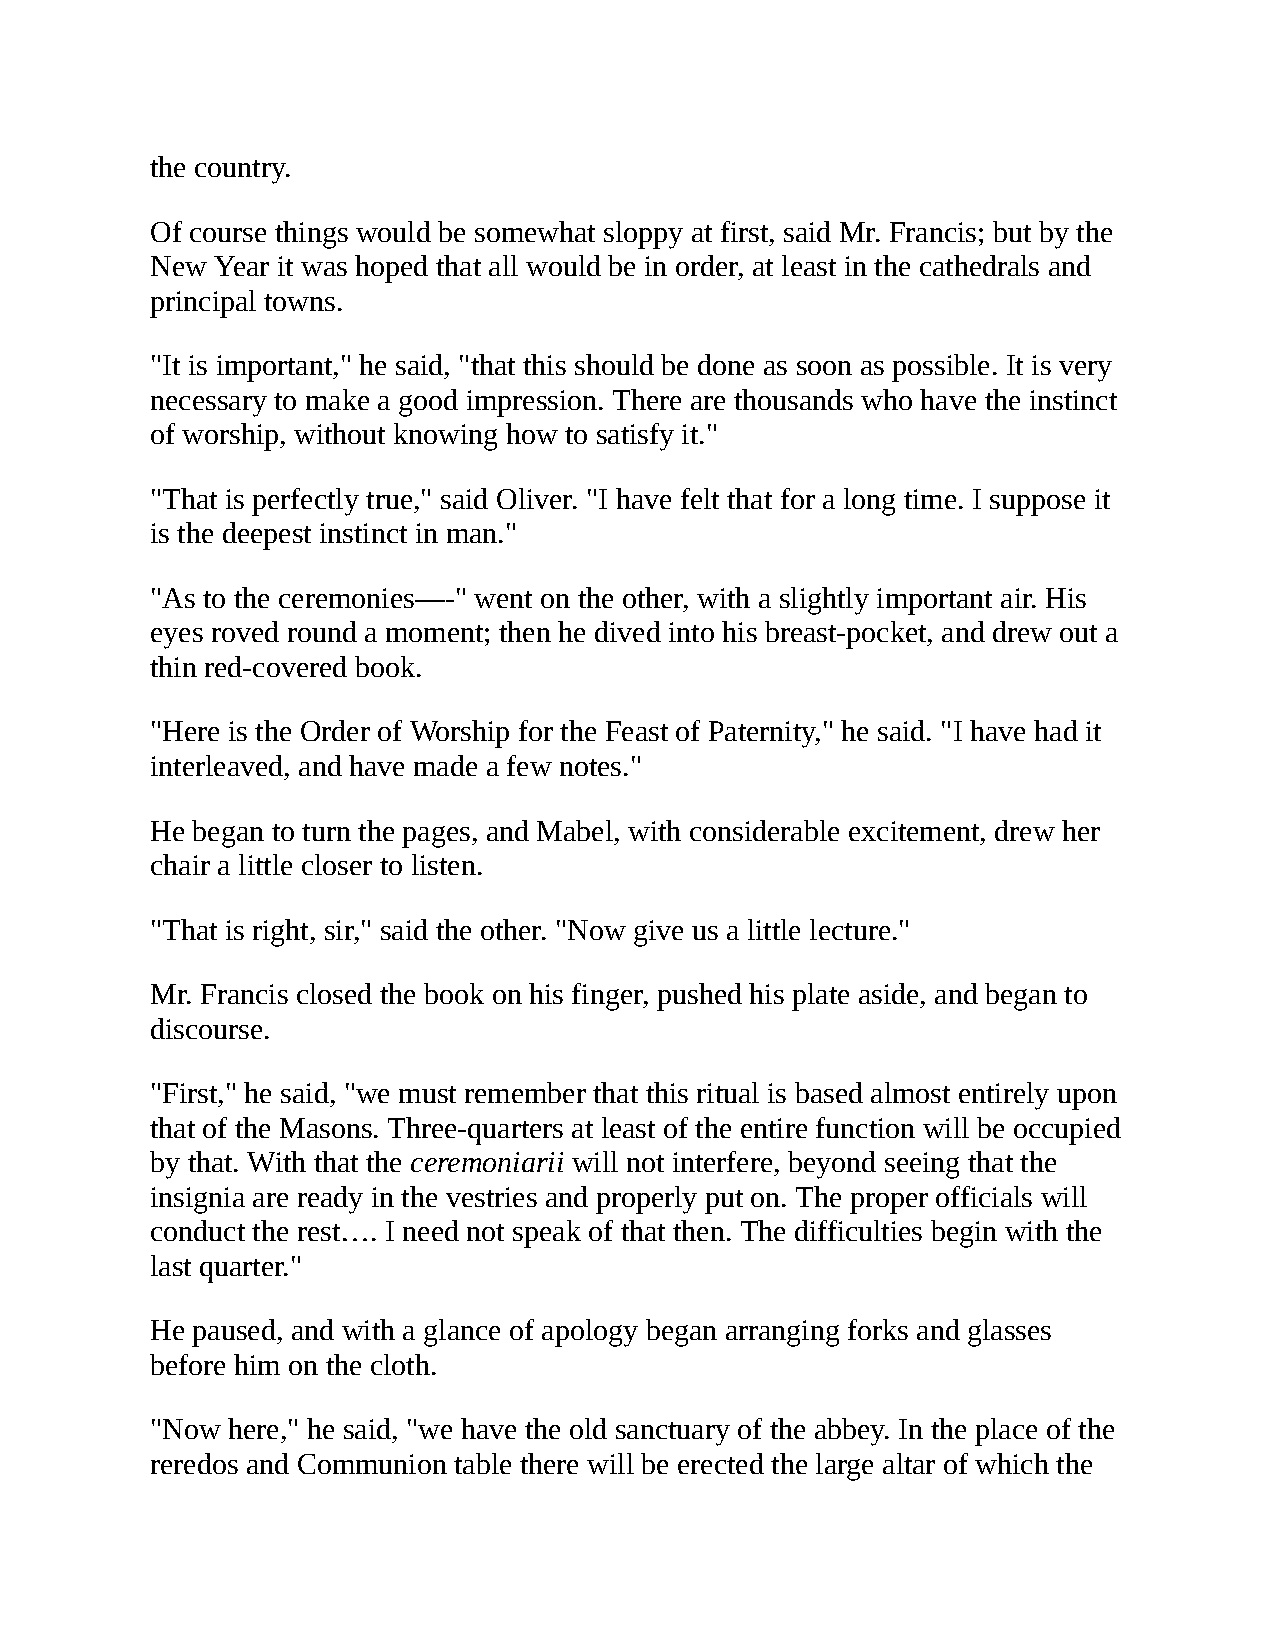
the country.
 Of course things would be somewhat sloppy at first, said Mr. Francis; but by the
 New Year it was hoped that all would be in order, at least in the cathedrals and
 principal towns.
 "It is important," he said, "that this should be done as soon as possible. It is very
 necessary to make a good impression. There are thousands who have the instinct
 of worship, without knowing how to satisfy it."
 "That is perfectly true," said Oliver. "I have felt that for a long time. I suppose it
 is the deepest instinct in man."
 "As to the ceremonies—-" went on the other, with a slightly important air. His
 eyes roved round a moment; then he dived into his breast-pocket, and drew out a
 thin red-covered book.
 "Here is the Order of Worship for the Feast of Paternity," he said. "I have had it
 interleaved, and have made a few notes."
 He began to turn the pages, and Mabel, with considerable excitement, drew her
 chair a little closer to listen.
 "That is right, sir," said the other. "Now give us a little lecture."
 Mr. Francis closed the book on his finger, pushed his plate aside, and began to
 discourse.
 "First," he said, "we must remember that this ritual is based almost entirely upon
 that of the Masons. Three-quarters at least of the entire function will be occupied
 by that. With that the ceremoniarii will not interfere, beyond seeing that the
 insignia are ready in the vestries and properly put on. The proper officials will
 conduct the rest…. I need not speak of that then. The difficulties begin with the
 last quarter."
 He paused, and with a glance of apology began arranging forks and glasses
 before him on the cloth.
 "Now here," he said, "we have the old sanctuary of the abbey. In the place of the
 reredos and Communion table there will be erected the large altar of which the